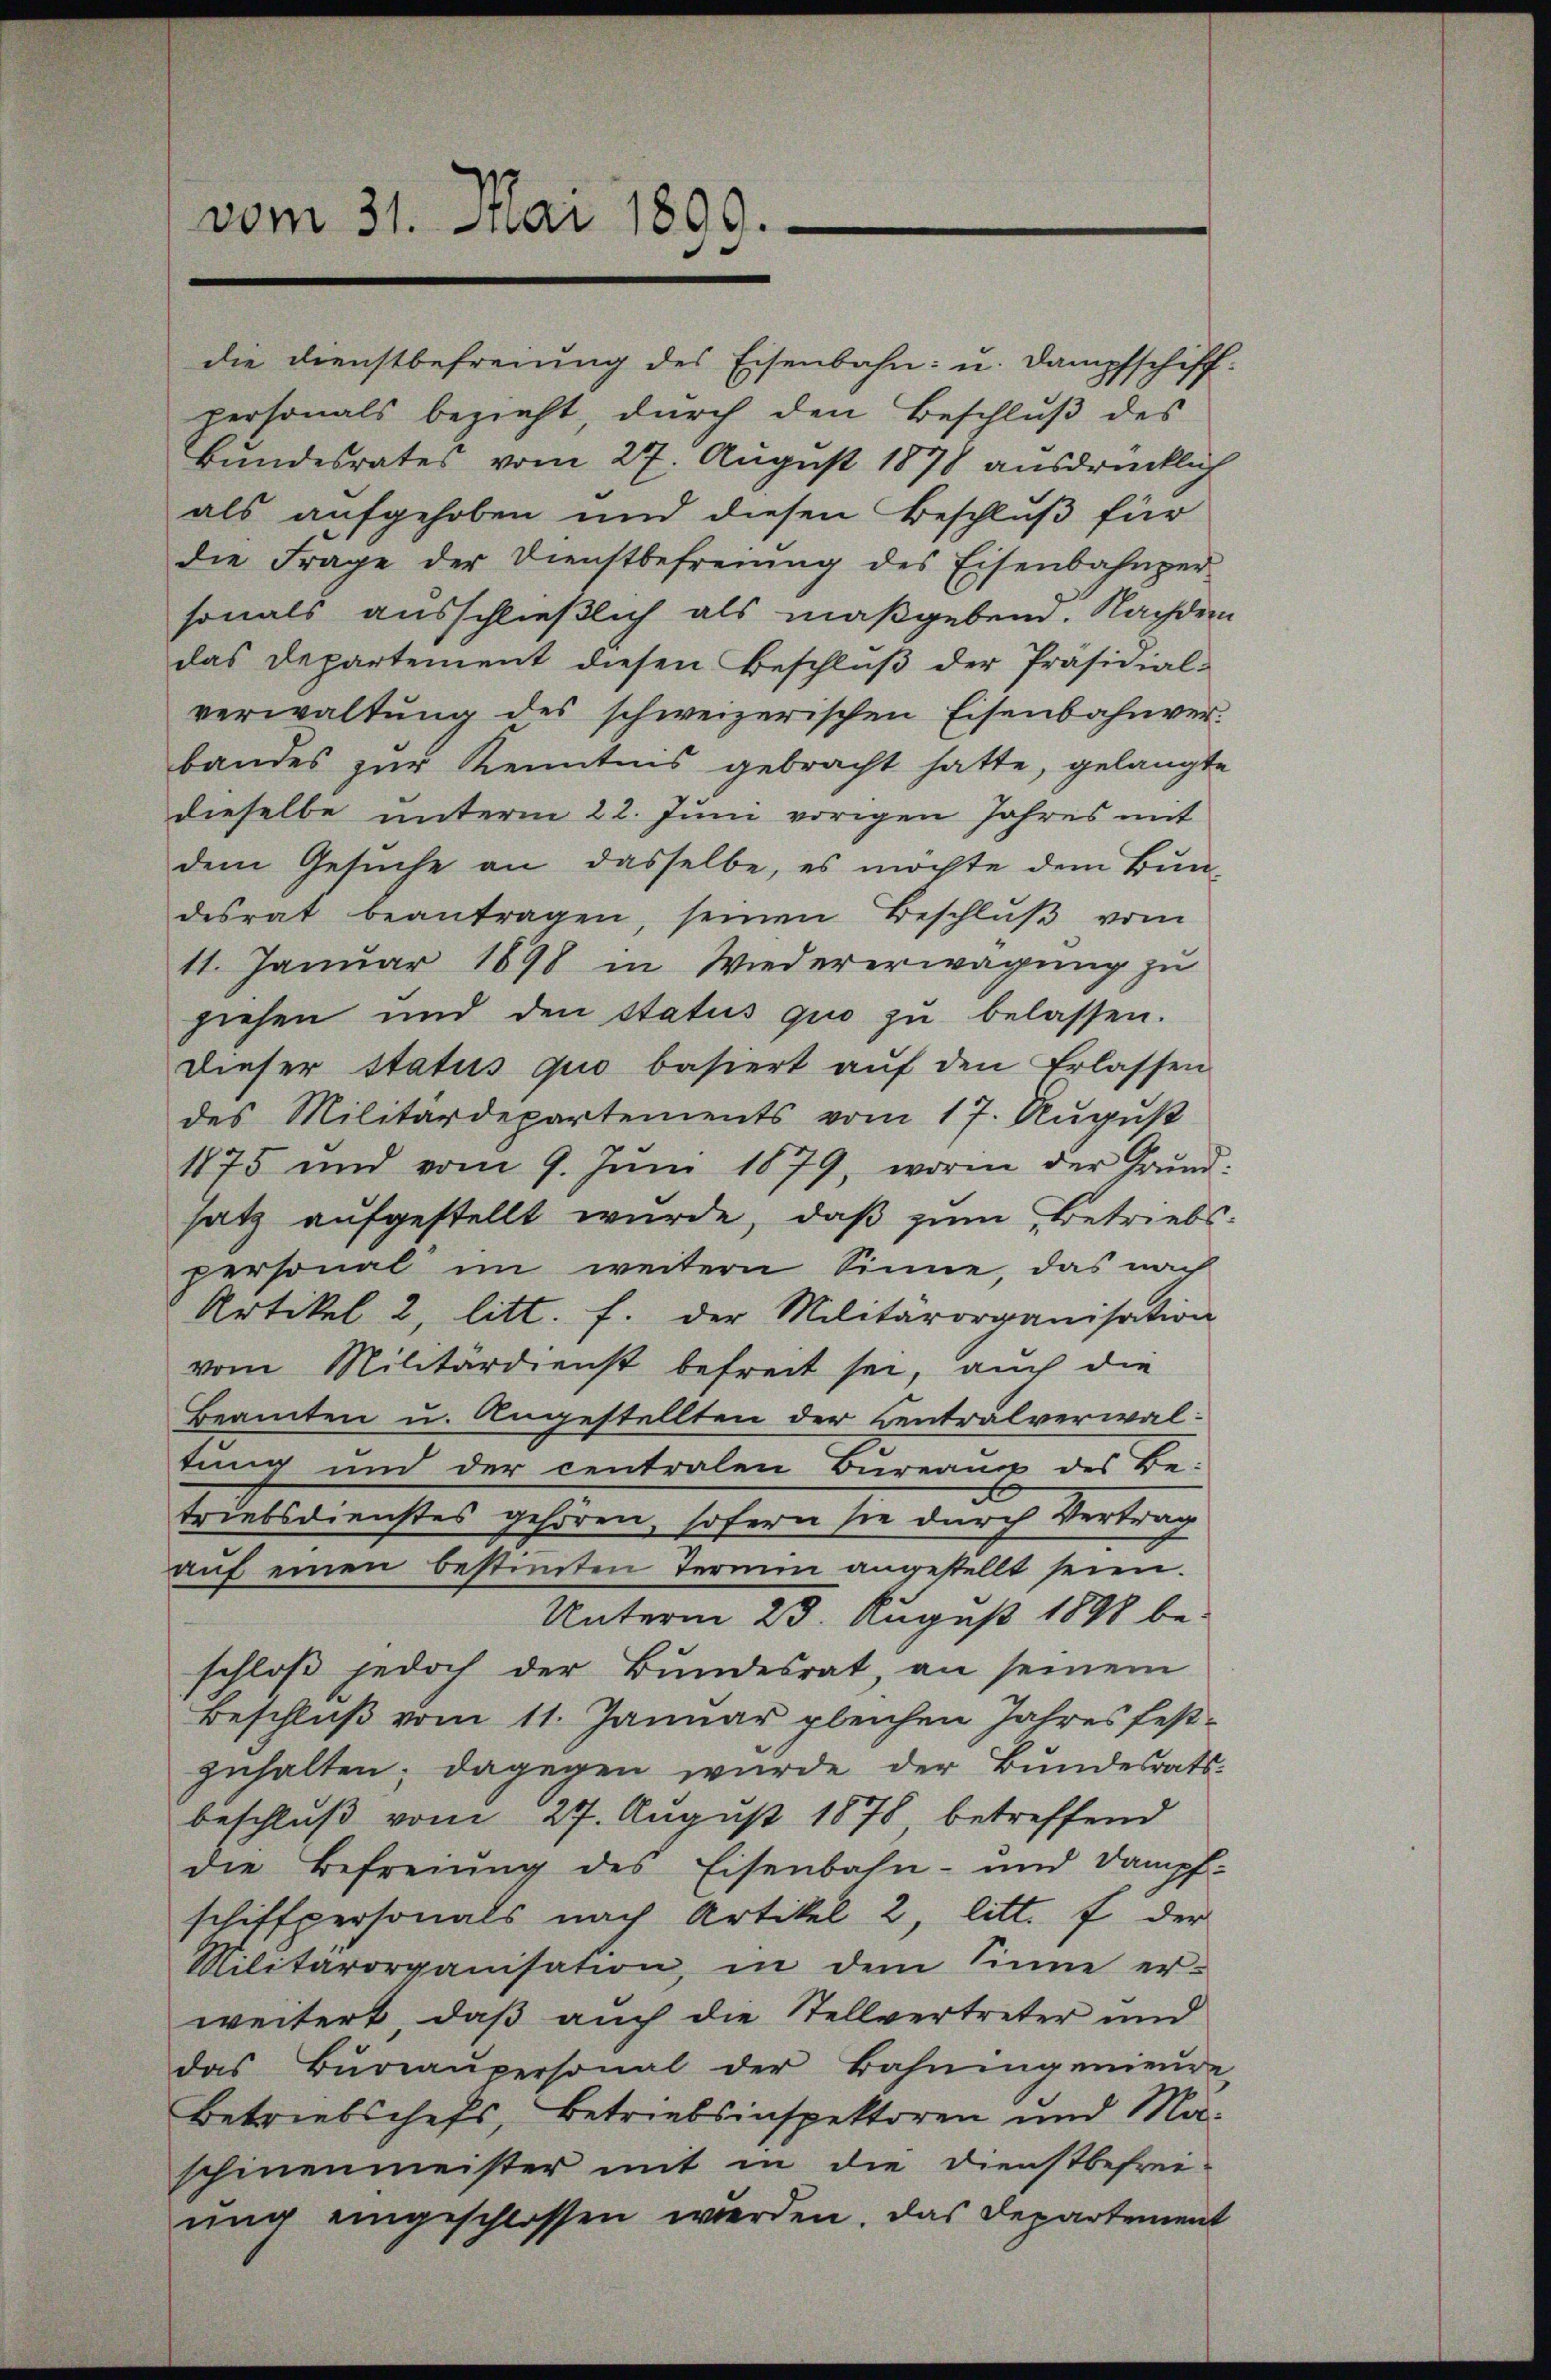
vom 31. Mai 1899.

personals bezieht dŭrch den Beschlŭβ des
Bundesrates vom 27. August 1878 ausdrücklich
als aufgehoben und diesen Beschluß für
die Frage der Dienstbefreung des Eisenbahnper-
sonals ausschließlich als maßgeben. Nachdem
das Departement diesen Beschlŭβ der Präsidial-
verwaltung des schweizerischen Eisenbahnverbandes zur Kenntnis gebracht hatte, gelangte
dieselbe unterm 22. Juni vorigen Jahres mit
dem Gesŭche an dasselbe, es möchte dem Bun-
desrat beantragen, seinen Beschlŭβ vom
11. Januar 1898 in Wiedererwägung zu
ziehen und den Status quo zu belassen.
dieser Status quo basiert aŭf den Erlassen
des Militärdepartements vom 17. August
1875 und vom 9. Jŭni 1879, worin der Grund-
satz aufgestellt wurde, daß zum Betriebspersonal im weitern Sinne, das nach
Artikel 2, litt. f. der Militärorganisation
vom Militärdienst befreit sei, auch die
Beamten u. Angestellten der Centralverwaltung und der centralen Bureaus des Be-
triebsdienstes gehören, sofern sie durch Vertrag
aŭf einen bestimten Termin angestellt seien.
Unterm 23. August 1898 be-
schloß jedoch der Bundesrat, an seinem
Beschluß vom 11. Januar gleichen Jahres festzuhalten; dagegen wurde der Bundesrats-
beschluß vom 27. August 1878, betreffend
die Befreiung des Eisenbahn- und Dampfschiffpersonals nach Artikel 2, litt. f der
Militärorganisation, in dem Sinne er-
weitert, daß auch die Stellvertreter und
das Büreaŭpersonal der Bahningenieure
Betriebschefs, Betriebsinspektoren und Ma-
schinenmeister mit in die Dienstbefreiung eingeschlossen werden. Das Departement

die Dienstbefreiung des Eisenbahn- u. Dampfschiff-